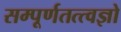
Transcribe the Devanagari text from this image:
सम्पूर्णतत्त्वज्ञो